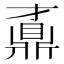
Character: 鼒